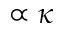
\propto \kappa